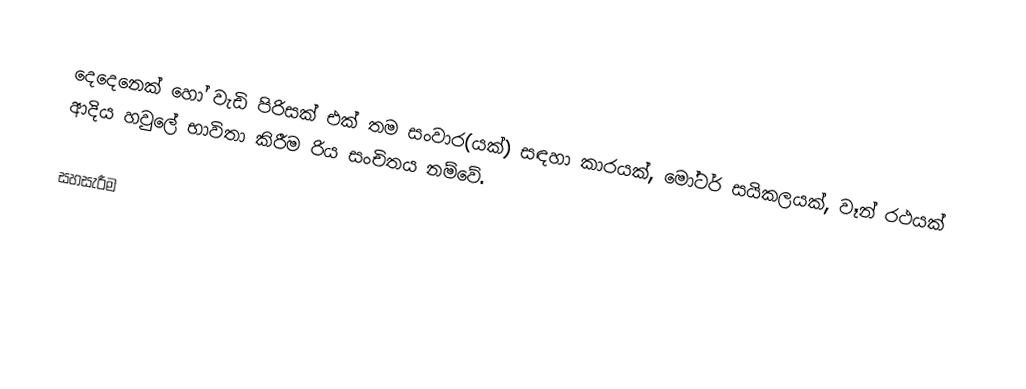
දෙදෙනෙක් හෝ වැඩි පිරිසක් එක් තම සංවාර(යක්) සඳහා කාරයක්, මෝටර් සයිකලයක්, වෑන් රථයක් ආදිය හවුලේ භාවිතා කිරීම රිය සංචිතය නම්වේ.

සහසැරීම